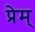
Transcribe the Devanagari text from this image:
प्रेम्